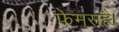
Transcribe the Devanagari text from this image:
फेमसहै।